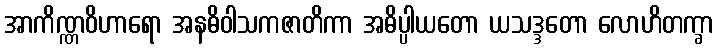
အာကိဏ္ဏဝိဟာရော အနဓိဝါသကဇာတိကာ အဓိပ္ပါယတော ယသဒ္ဒတော လောဟိတက္ခာ